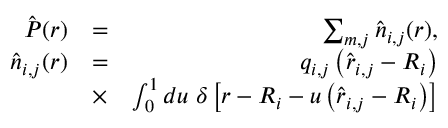
\begin{array} { r l r } { \hat { \boldsymbol P } ( \boldsymbol r ) } & { = } & { \sum _ { m , j } \hat { \boldsymbol n } _ { i , j } ( \boldsymbol r ) , } \\ { \hat { \boldsymbol n } _ { i , j } ( \boldsymbol r ) } & { = } & { q _ { i , j } \left( \hat { \boldsymbol r } _ { i , j } - \boldsymbol R _ { i } \right) } \\ & { \times } & { \int _ { 0 } ^ { 1 } d u \; \delta \left[ \boldsymbol r - \boldsymbol R _ { i } - u \left( \hat { \boldsymbol r } _ { i , j } - \boldsymbol R _ { i } \right) \right] } \end{array}